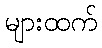
များထက်